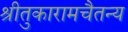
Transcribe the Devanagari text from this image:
श्रीतुकारामचैतन्य